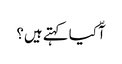
آّ کیا کہتے ہیں؟